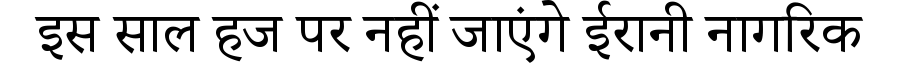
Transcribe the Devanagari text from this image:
इस साल हज पर नहीं जाएंगे ईरानी नागरिक